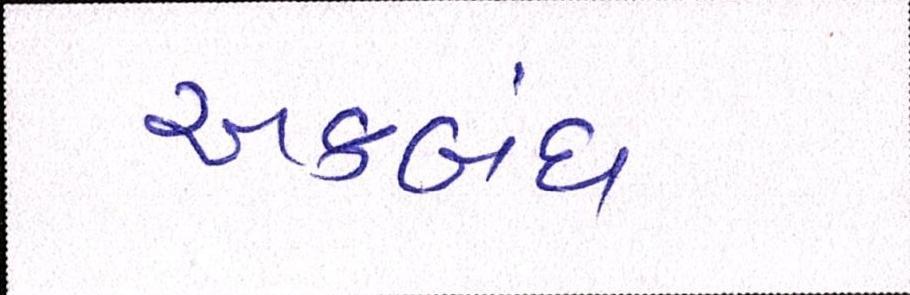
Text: અકબંધ